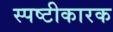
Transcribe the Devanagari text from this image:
स्पष्टीकारक